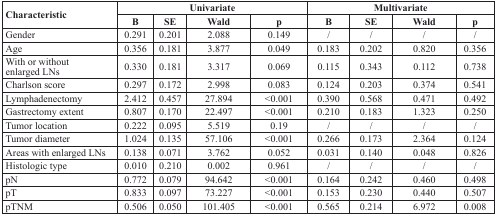
<table><thead><tr><td rowspan="2"><b>Characteristic</b></td><td colspan="4"><b>Univariate</b></td><td colspan="4"><b>Multivariate</b></td></tr><tr><td><b>B</b></td><td><b>SE</b></td><td><b>Wald</b></td><td><b>p</b></td><td><b>B</b></td><td><b>SE</b></td><td><b>Wald</b></td><td><b>p</b></td></tr></thead><tbody><tr><td>Gender</td><td>0.291</td><td>0.201</td><td>2.088</td><td>0.149</td><td>/</td><td>/</td><td>/</td><td>/</td></tr><tr><td>Age</td><td>0.356</td><td>0.181</td><td>3.877</td><td>0.049</td><td>0.183</td><td>0.202</td><td>0.820</td><td>0.356</td></tr><tr><td>With or withoutenlarged LNs</td><td>0.330</td><td>0.181</td><td>3.317</td><td>0.069</td><td>0.115</td><td>0.343</td><td>0.112</td><td>0.738</td></tr><tr><td>Charlson score</td><td>0.297</td><td>0.172</td><td>2.998</td><td>0.083</td><td>0.124</td><td>0.203</td><td>0.374</td><td>0.541</td></tr><tr><td>Lymphadenectomy</td><td>2.412</td><td>0.457</td><td>27.894</td><td>&lt;0.001</td><td>0.390</td><td>0.568</td><td>0.471</td><td>0.492</td></tr><tr><td>Gastrectomy extent</td><td>0.807</td><td>0.170</td><td>22.497</td><td>&lt;0.001</td><td>0.210</td><td>0.183</td><td>1.323</td><td>0.250</td></tr><tr><td>Tumor location</td><td>0.222</td><td>0.095</td><td>5.519</td><td>0.19</td><td>/</td><td>/</td><td>/</td><td>/</td></tr><tr><td>Tumor diameter</td><td>1.024</td><td>0.135</td><td>57.106</td><td>&lt;0.001</td><td>0.266</td><td>0.173</td><td>2.364</td><td>0.124</td></tr><tr><td>Areas with enlarged LNs</td><td>0.138</td><td>0.071</td><td>3.762</td><td>0.052</td><td>0.031</td><td>0.140</td><td>0.048</td><td>0.826</td></tr><tr><td>Histologic type</td><td>0.010</td><td>0.210</td><td>0.002</td><td>0.961</td><td>/</td><td>/</td><td>/</td><td>/</td></tr><tr><td>pN</td><td>0.772</td><td>0.079</td><td>94.642</td><td>&lt;0.001</td><td>0.164</td><td>0.242</td><td>0.460</td><td>0.498</td></tr><tr><td>pT</td><td>0.833</td><td>0.097</td><td>73.227</td><td>&lt;0.001</td><td>0.153</td><td>0.230</td><td>0.440</td><td>0.507</td></tr><tr><td>pTNM</td><td>0.506</td><td>0.050</td><td>101.405</td><td>&lt;0.001</td><td>0.565</td><td>0.214</td><td>6.972</td><td>0.008</td></tr></tbody></table>